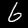
Label: 6